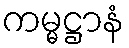
ကမ္မဋ္ဌာနံ